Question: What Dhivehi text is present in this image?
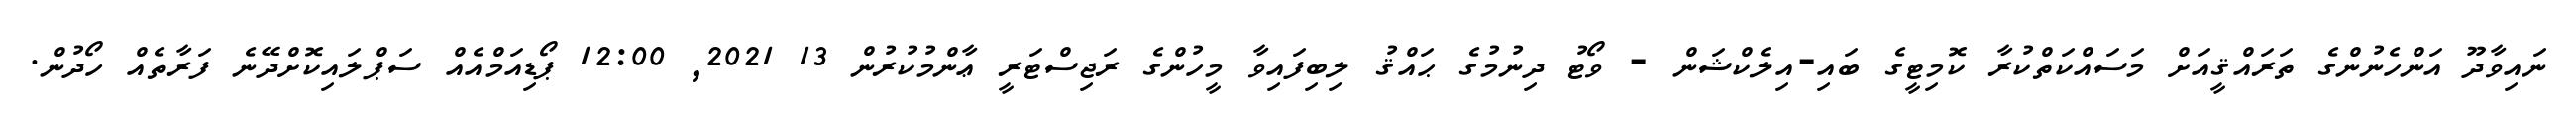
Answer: ނައިވާދޫ އަންހެނުންގެ ތަރައްޤީއަށް މަސައްކަތްކުރާ ކޮމިޓީގެ ބައި-އިލެކްޝަން - ވޯޓު ދިނުމުގެ ޙައްޤު ލިބިފައިވާ މީހުންގެ ރަޖިސްޓަރީ ޢާންމުކުރުން 13 2021, 12:00 ޕޯޑިއަމްއެއް ސަޕްލައިކޮށްދޭނެ ފަރާތެއް ހޯދުން.